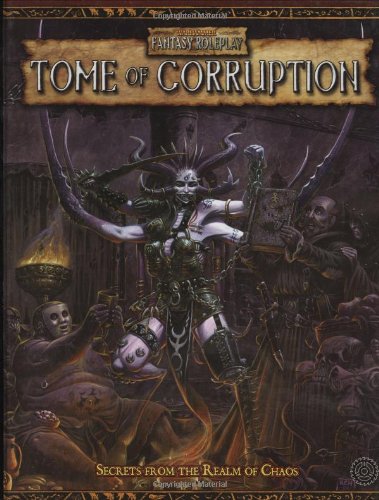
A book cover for WFRP Tome of Corruption (Warhammer Fantasy Roleplay); Robert J. Schwalb; Science Fiction & Fantasy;